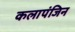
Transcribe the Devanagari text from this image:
कलापंजिन